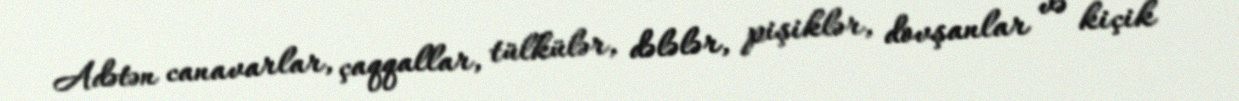
Adətən canavarlar, çaqqallar, tülkülər, dələlər, pişiklər, dovşanlar və kiçik